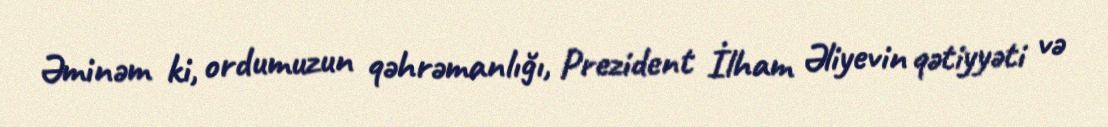
Əminəm ki, ordumuzun qəhrəmanlığı, Prezident İlham Əliyevin qətiyyəti və